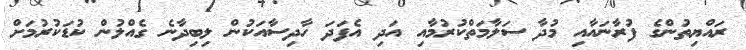
ރައްޔިތުންގެ ފުރާނައާއި މުދާ ސަލާމަތްކުރުމާއި އަދި އެފަދަ ހާދިސާއަކުން ލިބިދާނެ ގެއްލުން ކުޑަކުރުމަށް